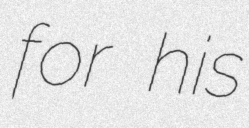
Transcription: for his